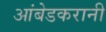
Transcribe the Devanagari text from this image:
आंबेडकरानी